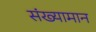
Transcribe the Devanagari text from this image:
संख्यामान